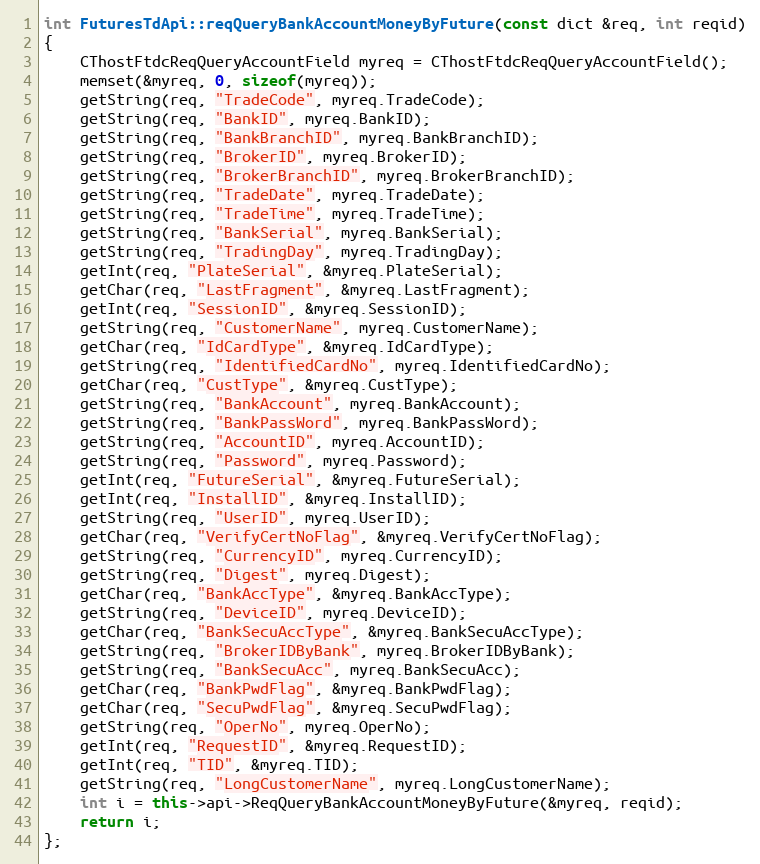
Language: C++
int FuturesTdApi::reqQueryBankAccountMoneyByFuture(const dict &req, int reqid)
{
	CThostFtdcReqQueryAccountField myreq = CThostFtdcReqQueryAccountField();
	memset(&myreq, 0, sizeof(myreq));
	getString(req, "TradeCode", myreq.TradeCode);
	getString(req, "BankID", myreq.BankID);
	getString(req, "BankBranchID", myreq.BankBranchID);
	getString(req, "BrokerID", myreq.BrokerID);
	getString(req, "BrokerBranchID", myreq.BrokerBranchID);
	getString(req, "TradeDate", myreq.TradeDate);
	getString(req, "TradeTime", myreq.TradeTime);
	getString(req, "BankSerial", myreq.BankSerial);
	getString(req, "TradingDay", myreq.TradingDay);
	getInt(req, "PlateSerial", &myreq.PlateSerial);
	getChar(req, "LastFragment", &myreq.LastFragment);
	getInt(req, "SessionID", &myreq.SessionID);
	getString(req, "CustomerName", myreq.CustomerName);
	getChar(req, "IdCardType", &myreq.IdCardType);
	getString(req, "IdentifiedCardNo", myreq.IdentifiedCardNo);
	getChar(req, "CustType", &myreq.CustType);
	getString(req, "BankAccount", myreq.BankAccount);
	getString(req, "BankPassWord", myreq.BankPassWord);
	getString(req, "AccountID", myreq.AccountID);
	getString(req, "Password", myreq.Password);
	getInt(req, "FutureSerial", &myreq.FutureSerial);
	getInt(req, "InstallID", &myreq.InstallID);
	getString(req, "UserID", myreq.UserID);
	getChar(req, "VerifyCertNoFlag", &myreq.VerifyCertNoFlag);
	getString(req, "CurrencyID", myreq.CurrencyID);
	getString(req, "Digest", myreq.Digest);
	getChar(req, "BankAccType", &myreq.BankAccType);
	getString(req, "DeviceID", myreq.DeviceID);
	getChar(req, "BankSecuAccType", &myreq.BankSecuAccType);
	getString(req, "BrokerIDByBank", myreq.BrokerIDByBank);
	getString(req, "BankSecuAcc", myreq.BankSecuAcc);
	getChar(req, "BankPwdFlag", &myreq.BankPwdFlag);
	getChar(req, "SecuPwdFlag", &myreq.SecuPwdFlag);
	getString(req, "OperNo", myreq.OperNo);
	getInt(req, "RequestID", &myreq.RequestID);
	getInt(req, "TID", &myreq.TID);
	getString(req, "LongCustomerName", myreq.LongCustomerName);
	int i = this->api->ReqQueryBankAccountMoneyByFuture(&myreq, reqid);
	return i;
};